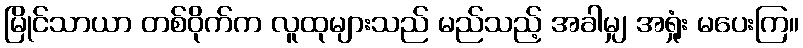
မြိုင်သာယာ တစ်ဝိုက်က လူထုများသည် မည်သည့် အခါမျှ အရှုံး မပေးကြ။